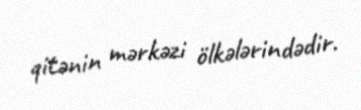
qitənin mərkəzi ölkələrindədir.